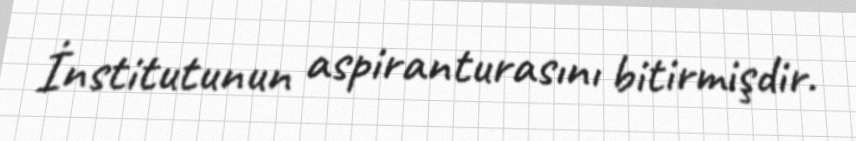
İnstitutunun aspiranturasını bitirmişdir.